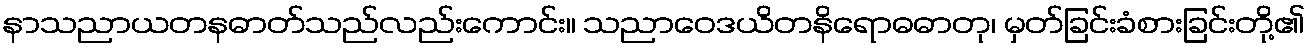
နာသညာယတနဓာတ်သည်လည်းကောင်း။ သညာဝေဒယိတနိရောဓဓာတု၊ မှတ်ခြင်းခံစားခြင်းတို့၏